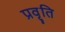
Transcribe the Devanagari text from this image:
प्रवृ्ति